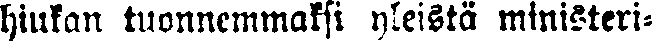
hiukan tuonnemmaksi yleistä ministeri-